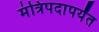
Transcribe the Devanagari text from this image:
मंत्रिपदापर्यंत